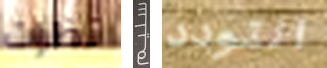
نظرات سليم التودد